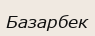
Базарбек